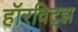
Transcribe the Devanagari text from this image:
हॉरविट्झ